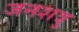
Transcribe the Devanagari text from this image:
जनशत्रु